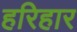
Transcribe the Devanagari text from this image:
हरिहार